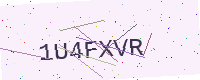
Text: 1U4FXVR